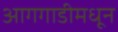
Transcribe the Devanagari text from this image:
आगगाडीमधून